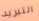
التبريد